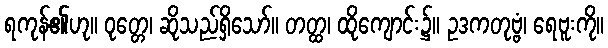
ရကုန်၏ဟု။ ဝုတ္တေ၊ ဆိုသည်ရှိသော်။ တတ္ထ၊ ထိုကျောင်း၌။ ဥဒကတုဗ္ဗံ၊ ရေဗူးကို။